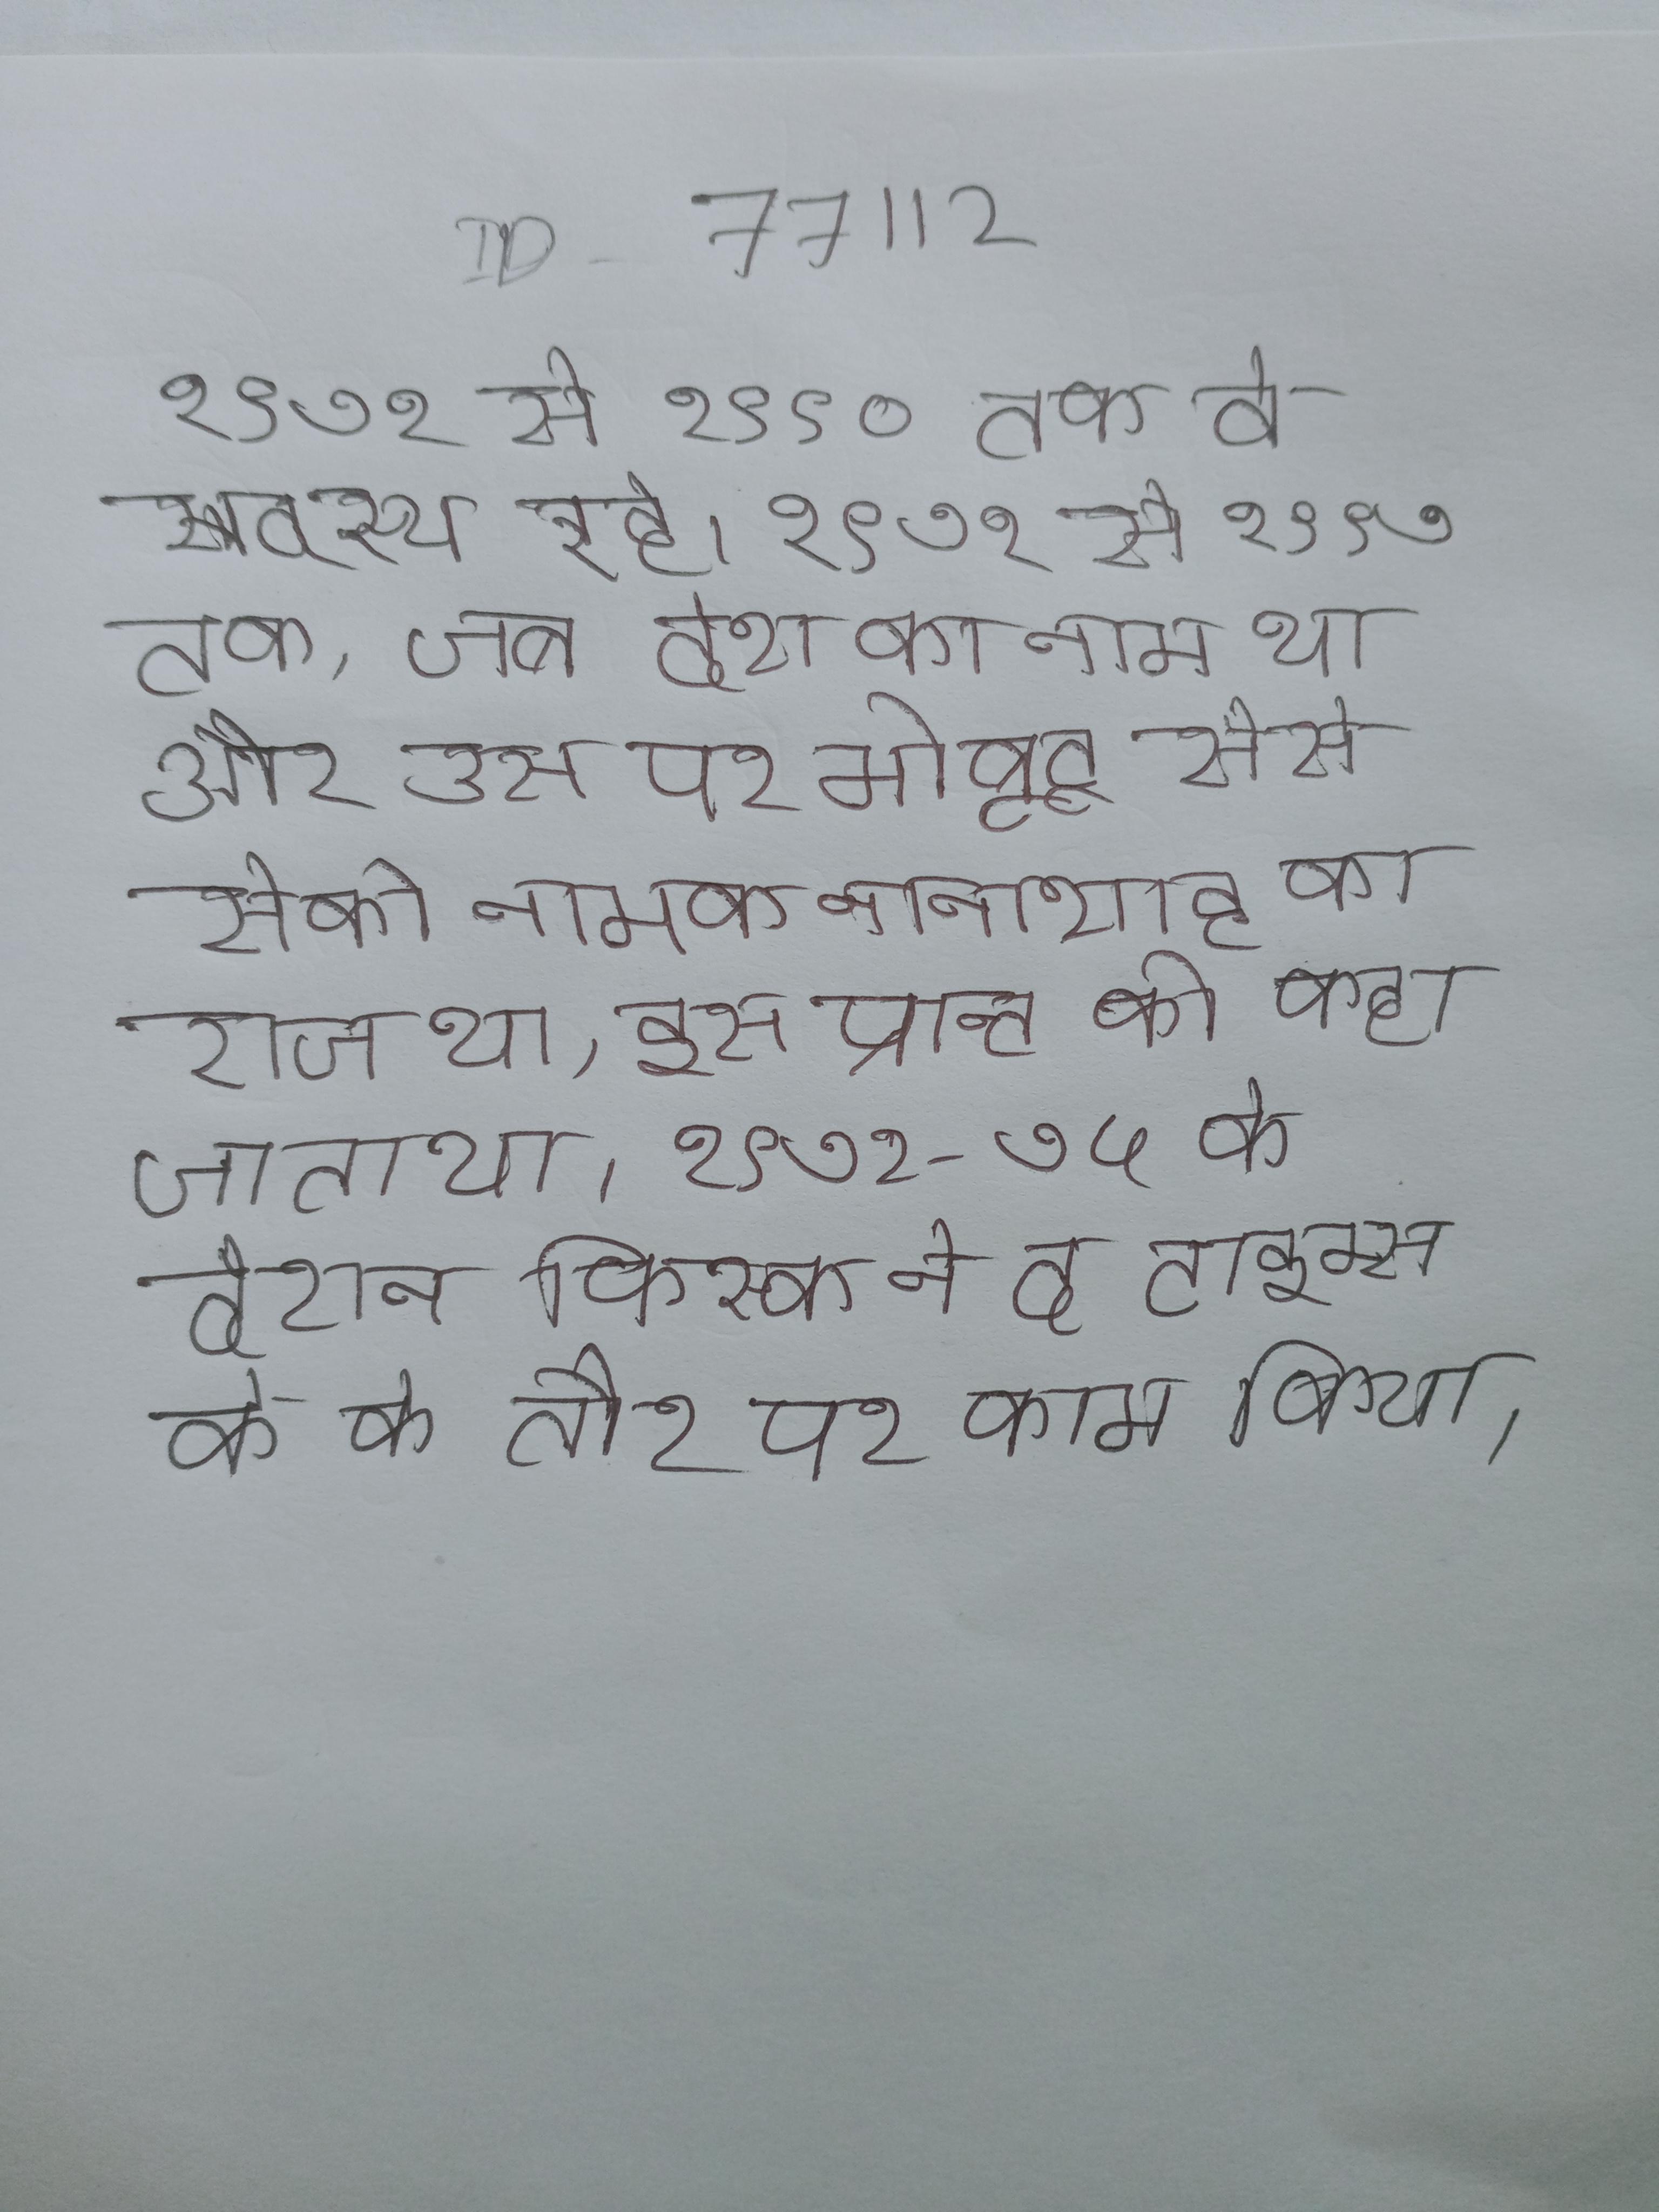
१९७१ से १९९० तक वे सदस्य रहे । १९७१ से १९९७ तक, जब देश का नाम था और उस पर मोबूटू सेसे सेको नामक तानाशाह का राज था, इस प्रान्त को कहा जाता था । १९७२-७५ के दौरान फिस्क ने द टाइम्स के के तौर पर काम किया ।